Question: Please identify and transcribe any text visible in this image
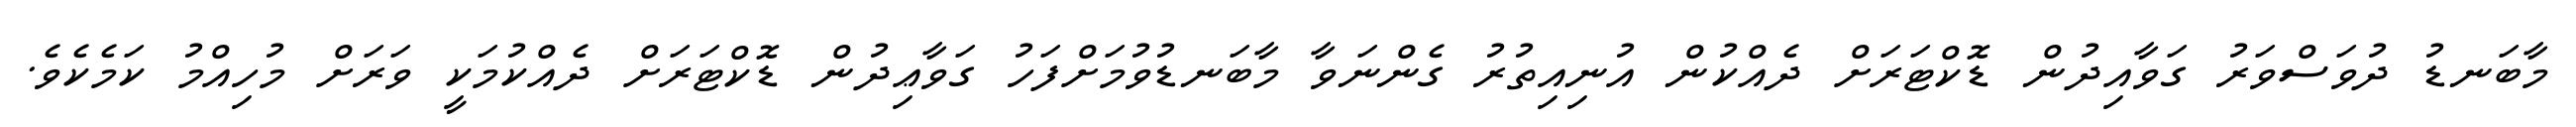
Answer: މާބަނޑު ދުވަސްވަރު ގަވާއިދުން ޑޮކްޓަރަށް ދެއްކުން އުނިއިތުރު ގެންނަވާ މާބަނޑުވުމަށްފަހު ގަވާޢިދުން ޑޮކްޓަރަށް ދެއްކުމަކީ ވަރަށް މުހިއްމު ކަމެކެވެ.